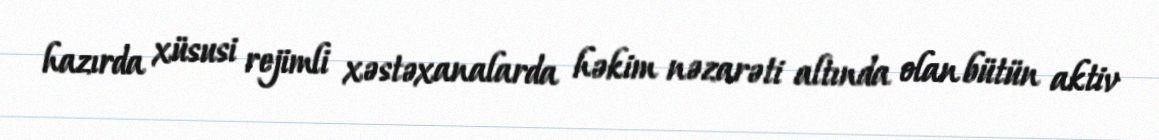
hazırda xüsusi rejimli xəstəxanalarda həkim nəzarəti altında olan bütün aktiv